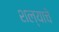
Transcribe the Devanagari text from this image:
शल्याचे